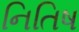
નિતિષ